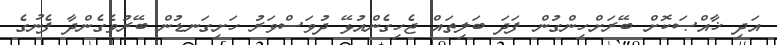
އަދި ޚާއްޞަކޮށް ބޭރަށްހިންގުން ފަދަ ބަލިތައް ޖެހިގެންއުޅޭ ދުވަސްވަރު ހަށިގަނޑުން ބޭރުވެގެންދާ ފެނުގެ